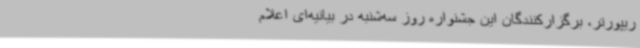
ریپورتر، برگزارکنندگان این جشنواره روز سه‌شنبه در بیانیه‌ای اعلام